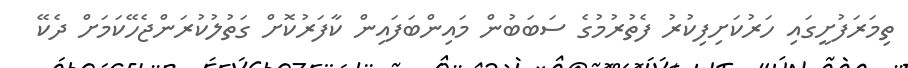
ތިމަރަފުށީގައި ހަރުކަށިފިކުރު ފެތުރުމުގެ ސަބަބުން މައިންބަފައިން ކާފަރުކޮށް ގަތުލުކުރަންޖެހޭކަމަށް ދެކޭ